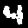
Digit: 4